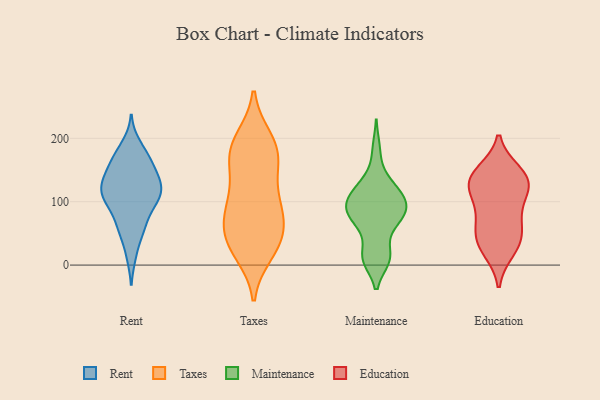
{"axis": {"x": "Latency (ms)", "y": "Value"}, "legend": ["Education", "Maintenance", "Rent", "Taxes"], "data": [{"x": "", "y": 191, "type": "Rent"}, {"x": "", "y": 132, "type": "Rent"}, {"x": "", "y": 105, "type": "Rent"}, {"x": "", "y": 164, "type": "Rent"}, {"x": "", "y": 95, "type": "Rent"}, {"x": "", "y": 132, "type": "Rent"}, {"x": "", "y": 64, "type": "Rent"}, {"x": "", "y": 151, "type": "Rent"}, {"x": "", "y": 173, "type": "Rent"}, {"x": "", "y": 15, "type": "Rent"}, {"x": "", "y": 58, "type": "Rent"}, {"x": "", "y": 107, "type": "Rent"}, {"x": "", "y": 132, "type": "Rent"}, {"x": "", "y": 167, "type": "Rent"}, {"x": "", "y": 114, "type": "Rent"}, {"x": "", "y": 133, "type": "Rent"}, {"x": "", "y": 111, "type": "Rent"}, {"x": "", "y": 53, "type": "Rent"}, {"x": "", "y": 93, "type": "Rent"}, {"x": "", "y": 30, "type": "Taxes"}, {"x": "", "y": 200, "type": "Taxes"}, {"x": "", "y": 77, "type": "Taxes"}, {"x": "", "y": 42, "type": "Taxes"}, {"x": "", "y": 41, "type": "Taxes"}, {"x": "", "y": 98, "type": "Taxes"}, {"x": "", "y": 105, "type": "Taxes"}, {"x": "", "y": 57, "type": "Taxes"}, {"x": "", "y": 134, "type": "Taxes"}, {"x": "", "y": 93, "type": "Taxes"}, {"x": "", "y": 165, "type": "Taxes"}, {"x": "", "y": 176, "type": "Taxes"}, {"x": "", "y": 86, "type": "Taxes"}, {"x": "", "y": 162, "type": "Taxes"}, {"x": "", "y": 199, "type": "Taxes"}, {"x": "", "y": 18, "type": "Taxes"}, {"x": "", "y": 191, "type": "Taxes"}, {"x": "", "y": 20, "type": "Taxes"}, {"x": "", "y": 58, "type": "Taxes"}, {"x": "", "y": 168, "type": "Taxes"}, {"x": "", "y": 113, "type": "Maintenance"}, {"x": "", "y": 182, "type": "Maintenance"}, {"x": "", "y": 10, "type": "Maintenance"}, {"x": "", "y": 12, "type": "Maintenance"}, {"x": "", "y": 71, "type": "Maintenance"}, {"x": "", "y": 99, "type": "Maintenance"}, {"x": "", "y": 128, "type": "Maintenance"}, {"x": "", "y": 12, "type": "Maintenance"}, {"x": "", "y": 73, "type": "Maintenance"}, {"x": "", "y": 12, "type": "Maintenance"}, {"x": "", "y": 105, "type": "Maintenance"}, {"x": "", "y": 132, "type": "Maintenance"}, {"x": "", "y": 89, "type": "Maintenance"}, {"x": "", "y": 90, "type": "Maintenance"}, {"x": "", "y": 56, "type": "Maintenance"}, {"x": "", "y": 85, "type": "Maintenance"}, {"x": "", "y": 110, "type": "Maintenance"}, {"x": "", "y": 78, "type": "Maintenance"}, {"x": "", "y": 146, "type": "Education"}, {"x": "", "y": 134, "type": "Education"}, {"x": "", "y": 134, "type": "Education"}, {"x": "", "y": 49, "type": "Education"}, {"x": "", "y": 121, "type": "Education"}, {"x": "", "y": 138, "type": "Education"}, {"x": "", "y": 24, "type": "Education"}, {"x": "", "y": 119, "type": "Education"}, {"x": "", "y": 85, "type": "Education"}, {"x": "", "y": 44, "type": "Education"}, {"x": "", "y": 33, "type": "Education"}, {"x": "", "y": 76, "type": "Education"}]}